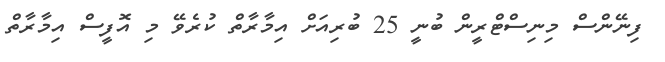
ފިނޭންސް މިނިސްޓްރީން ބުނީ 25 ބުރިއަށް އިމާރާތް ކުރެވޭ މި އޮފީސް އިމާރާތް